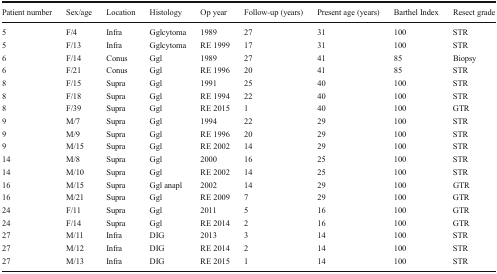
<table><thead><tr><td><b>Patient number</b></td><td><b>Sex/age</b></td><td><b>Location</b></td><td><b>Histology</b></td><td><b>Op year</b></td><td><b>Follow-up (years)</b></td><td><b>Present age (years)</b></td><td><b>Barthel Index</b></td><td><b>Resect grade</b></td></tr></thead><tbody><tr><td>5</td><td>F/4</td><td>Infra</td><td>Gglcytoma</td><td>1989</td><td>27</td><td>31</td><td>100</td><td>STR</td></tr><tr><td>5</td><td>F/13</td><td>Infra</td><td>Gglcytoma</td><td>RE 1999</td><td>17</td><td>31</td><td>100</td><td>STR</td></tr><tr><td>6</td><td>F/14</td><td>Conus</td><td>Ggl</td><td>1989</td><td>27</td><td>41</td><td>85</td><td>Biopsy</td></tr><tr><td>6</td><td>F/21</td><td>Conus</td><td>Ggl</td><td>RE 1996</td><td>20</td><td>41</td><td>85</td><td>STR</td></tr><tr><td>8</td><td>F/15</td><td>Supra</td><td>Ggl</td><td>1991</td><td>25</td><td>40</td><td>100</td><td>STR</td></tr><tr><td>8</td><td>F/18</td><td>Supra</td><td>Ggl</td><td>RE 1994</td><td>22</td><td>40</td><td>100</td><td>STR</td></tr><tr><td>8</td><td>F/39</td><td>Supra</td><td>Ggl</td><td>RE 2015</td><td>1</td><td>40</td><td>100</td><td>GTR</td></tr><tr><td>9</td><td>M/7</td><td>Supra</td><td>Ggl</td><td>1994</td><td>22</td><td>29</td><td>100</td><td>STR</td></tr><tr><td>9</td><td>M/9</td><td>Supra</td><td>Ggl</td><td>RE 1996</td><td>20</td><td>29</td><td>100</td><td>STR</td></tr><tr><td>9</td><td>M/15</td><td>Supra</td><td>Ggl</td><td>RE 2002</td><td>14</td><td>29</td><td>100</td><td>STR</td></tr><tr><td>14</td><td>M/8</td><td>Supra</td><td>Ggl</td><td>2000</td><td>16</td><td>25</td><td>100</td><td>STR</td></tr><tr><td>14</td><td>M/10</td><td>Supra</td><td>Ggl</td><td>RE 2002</td><td>14</td><td>25</td><td>100</td><td>STR</td></tr><tr><td>16</td><td>M/15</td><td>Supra</td><td>Ggl anapl</td><td>2002</td><td>14</td><td>29</td><td>100</td><td>GTR</td></tr><tr><td>16</td><td>M/21</td><td>Supra</td><td>Ggl</td><td>RE 2009</td><td>7</td><td>29</td><td>100</td><td>GTR</td></tr><tr><td>24</td><td>F/11</td><td>Supra</td><td>Ggl</td><td>2011</td><td>5</td><td>16</td><td>100</td><td>GTR</td></tr><tr><td>24</td><td>F/14</td><td>Supra</td><td>Ggl</td><td>RE 2014</td><td>2</td><td>16</td><td>100</td><td>GTR</td></tr><tr><td>27</td><td>M/11</td><td>Infra</td><td>DIG</td><td>2013</td><td>3</td><td>14</td><td>100</td><td>STR</td></tr><tr><td>27</td><td>M/12</td><td>Infra</td><td>DIG</td><td>RE 2014</td><td>2</td><td>14</td><td>100</td><td>STR</td></tr><tr><td>27</td><td>M/13</td><td>Infra</td><td>DIG</td><td>RE 2015</td><td>1</td><td>14</td><td>100</td><td>STR</td></tr></tbody></table>